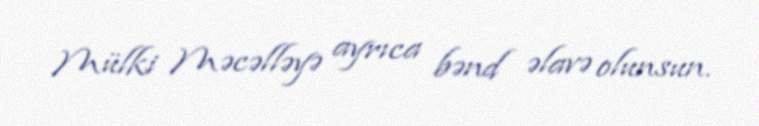
Mülki Məcəlləyə ayrıca bənd əlavə olunsun.